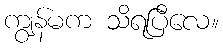
ကျွန်မက သိရပြီလေ။